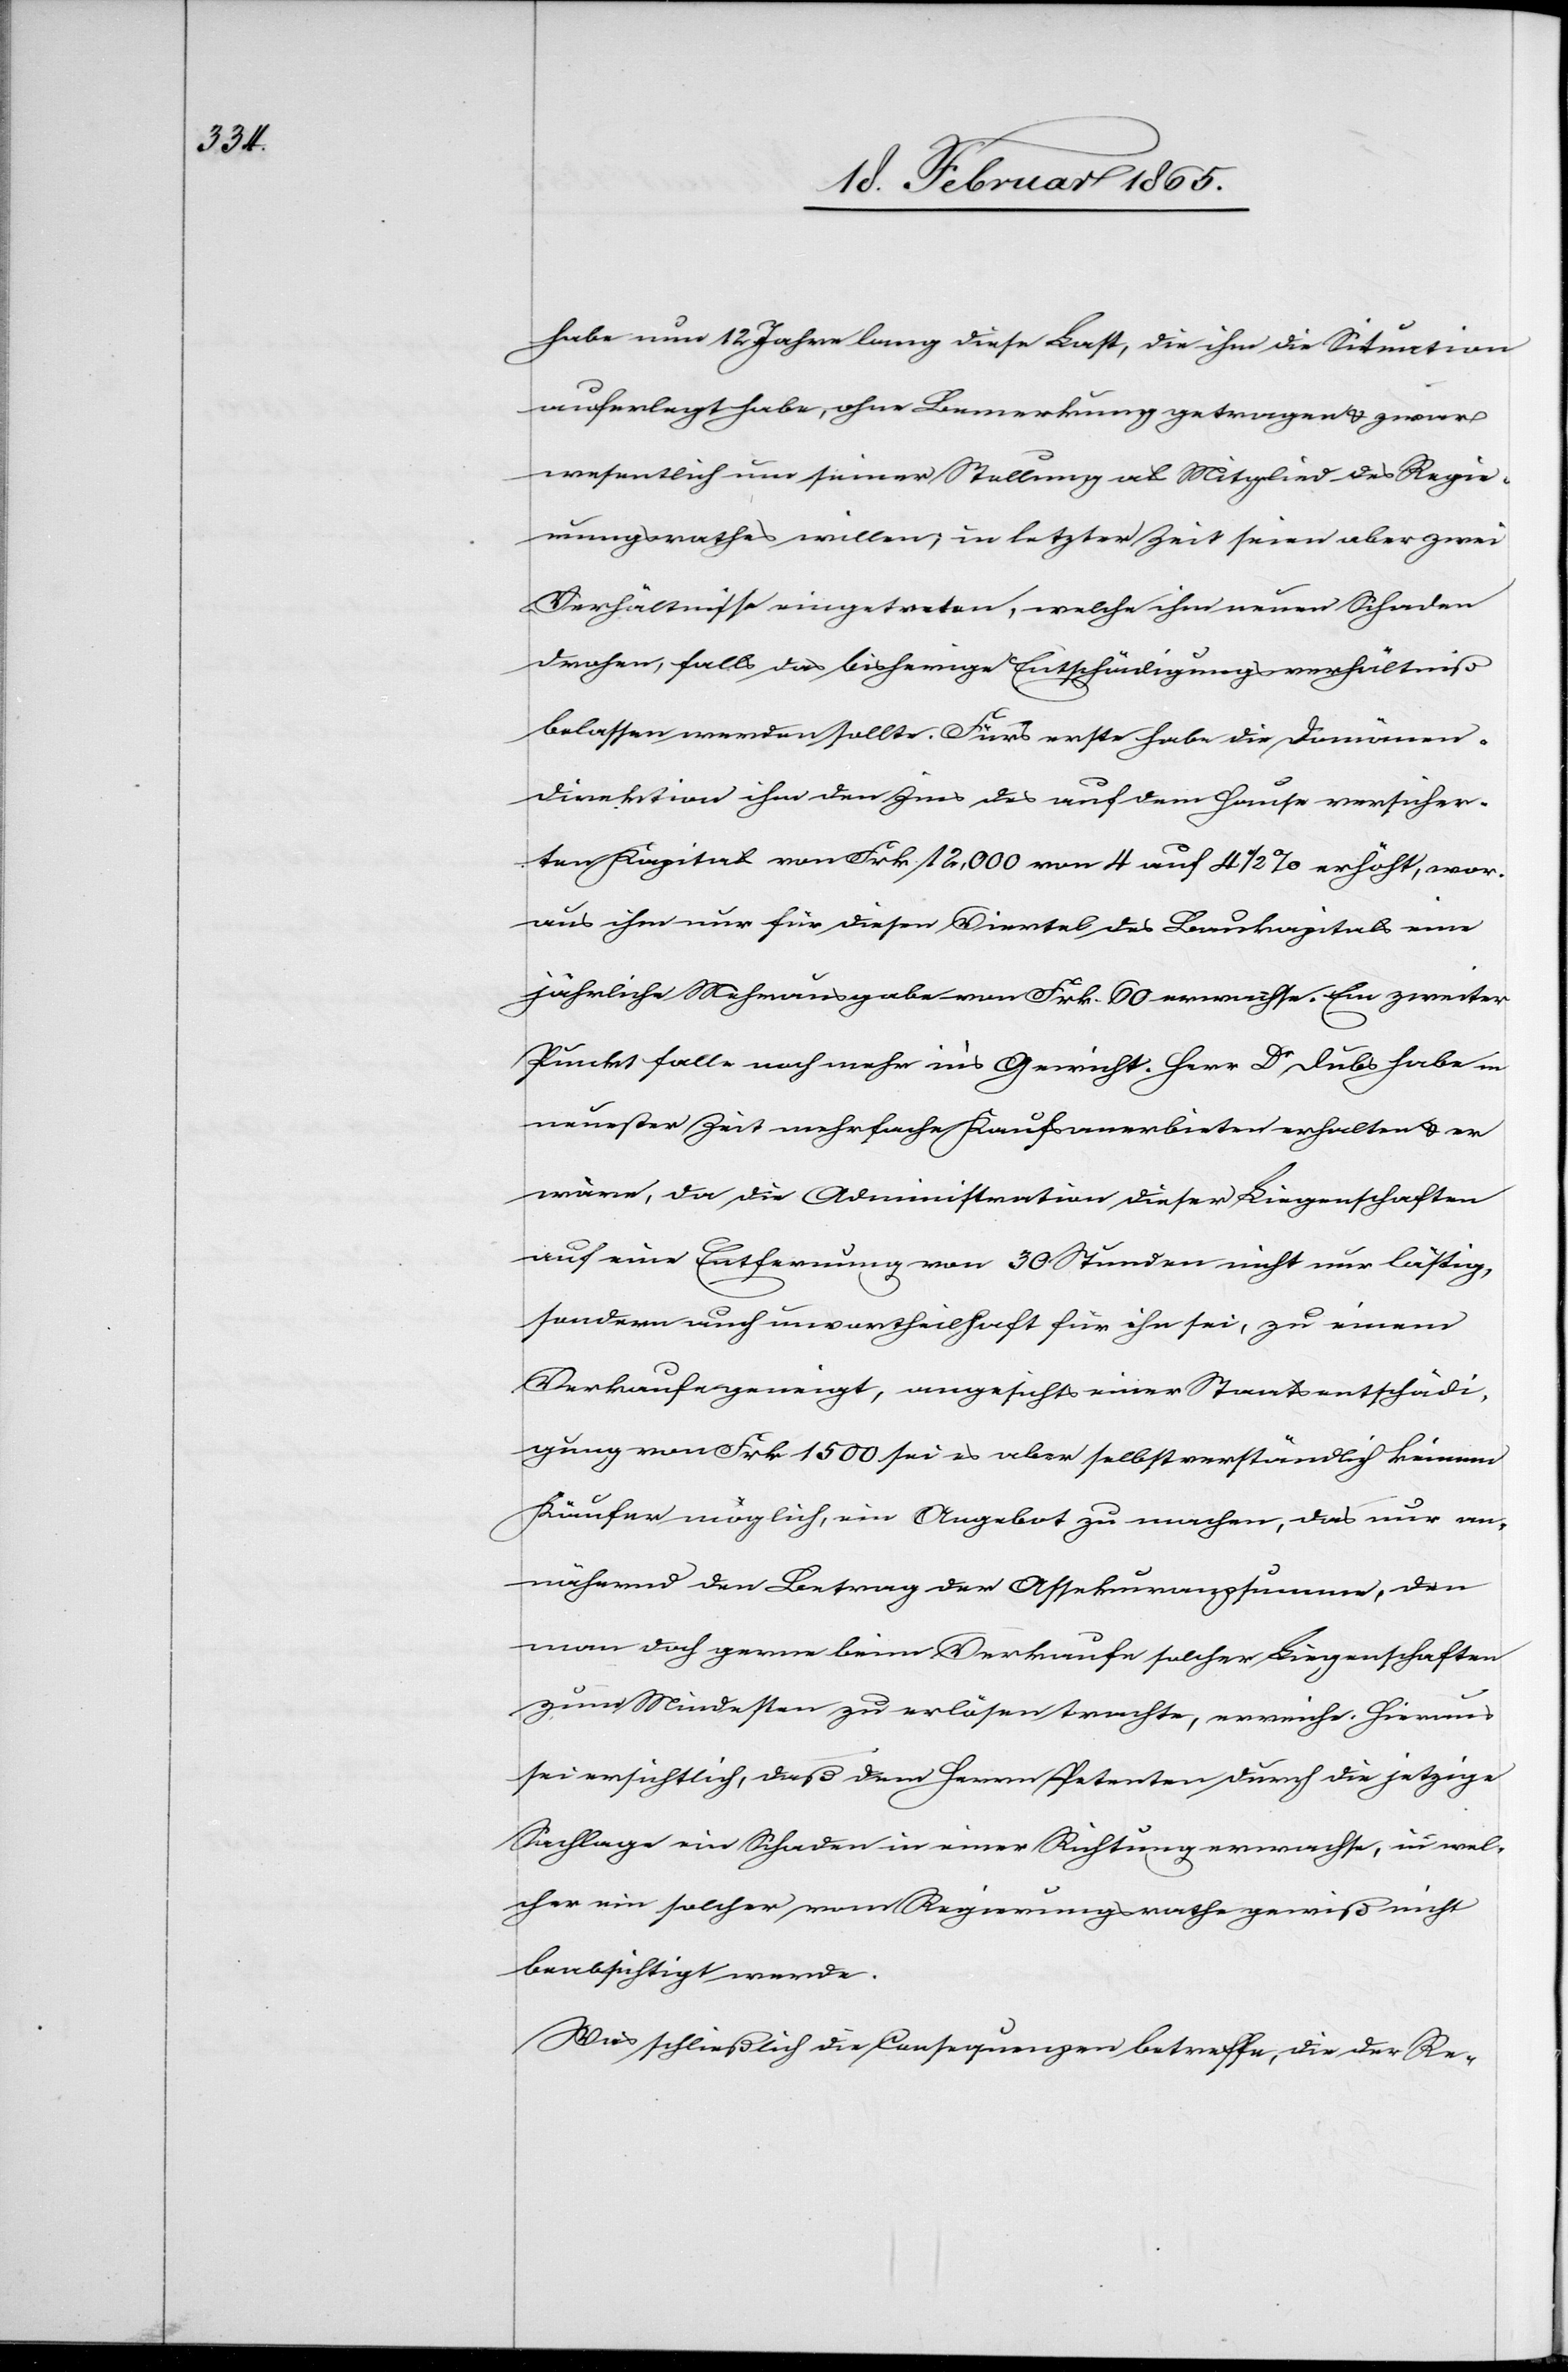
habe nun 12 Jahre lang diese Last, die ihm die Situation
auferlegt habe, ohne Bemerkung getragen u. zwar
wesentlich nur seiner Stellung als Mitglied des Regie¬
rungsrathes willen, in letzter Zeit seien aber zwei
Verhältnisse eingetreten, welche ihm neuen Schaden
drohen, falls das bisherige Entschädigungsverhältniß
belassen werden sollte. fürs erste habe die Domänen¬
direktion ihm den Zins des auf dem Hause versicher¬
ten Kapital von Frk. 12,000 von 4 auf 4 ½ % erhöht, wor¬
aus ihm nur für diesen Viertel des Baukapitals eine
jährliche Mehrausgabe von Frk. 60 erwachse. Ein zweiter
Punkt falle noch mehr in’s Gewicht. Herr Dr Dubs habe in
neuester Zeit mehrfache Kaufsanerbieten erhalten u. er
wäre, da die Administration dieser Liegenschaften
auf eine Entfernung von 30 Stunden nicht nur lästig,
sondern auch unvortheilhaft für ihn sei, zu einem
Verkaufe geneigt, angesichts einer Staatsentschädi¬
gung von Frk. 1500 sei es aber selbstverständlich keinem
Käufer möglich, ein Angebot zu machen, das nur an¬
nähernd den Betrag der Assekuranzsumme, den
man doch gerne beim Verkaufe solcher Liegenschaften
zum Mindesten zu erlösen trachte, erreiche. Hieraus
sei ersichtlich, daß dem Herrn Petenten durch die jetzige
Sachlage ein Schaden in einer Richtung erwachse, in wel¬
cher ein solcher vom Regierungsrathe gewiß nicht
beabsichtigt werde.
Was schließlich die Consequenzen betreffe, die der Re-